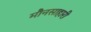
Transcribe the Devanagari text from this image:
मौनसाहारी